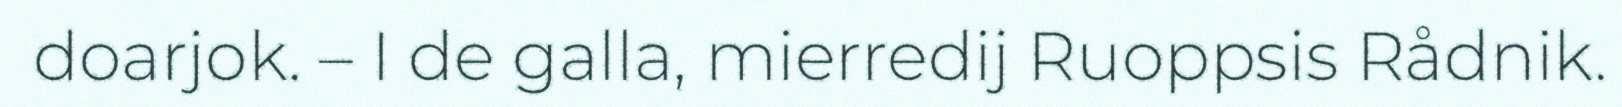
doarjok. – I de galla, mierredij Ruoppsis Rådnik.